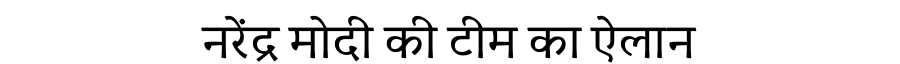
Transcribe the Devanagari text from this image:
नरेंद्र मोदी की टीम का ऐलान